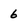
Character: 6